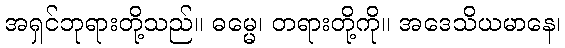
အရှင်ဘုရားတို့သည်။ ဓမ္မေ၊ တရားတို့ကို။ အဒေသိယမာနေ၊